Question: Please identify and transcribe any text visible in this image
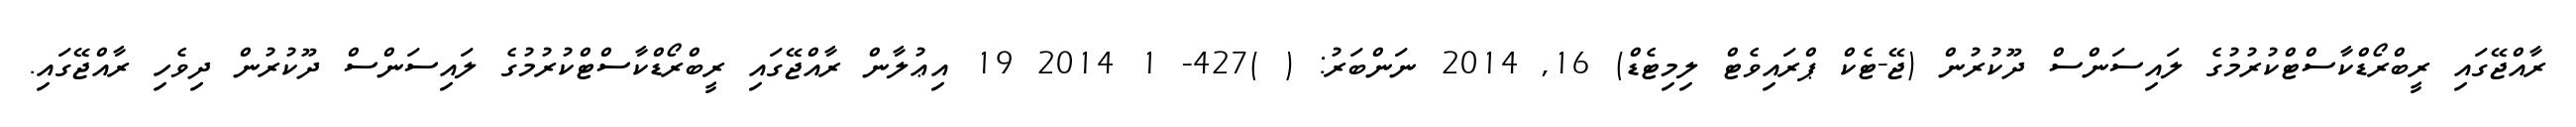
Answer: ރާއްޖޭގައި ރީބްރޯޑްކާސްޓްކުރުމުގެ ލައިސަންސް ދޫކުރުން (ޖޭ-ޓެކް ޕްރައިވެޓް ލިމިޓެޑް) 16, 2014 ނަންބަރު: ( )427- 1 2014 19 އިޢުލާން ރާއްޖޭގައި ރީބްރޯޑްކާސްޓްކުރުމުގެ ލައިސަންސް ދޫކުރުން ދިވެހި ރާއްޖޭގައި.